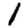
Digit: 1